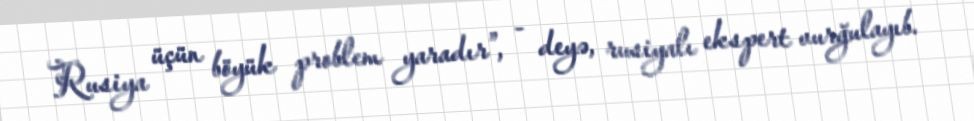
Rusiya üçün böyük problem yaradır”, - deyə, rusiyalı ekspert vurğulayıb.